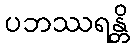
ပဘဿရန္တိ